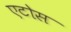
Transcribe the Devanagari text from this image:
एटोस